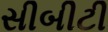
સીબીટી